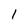
Character: 1